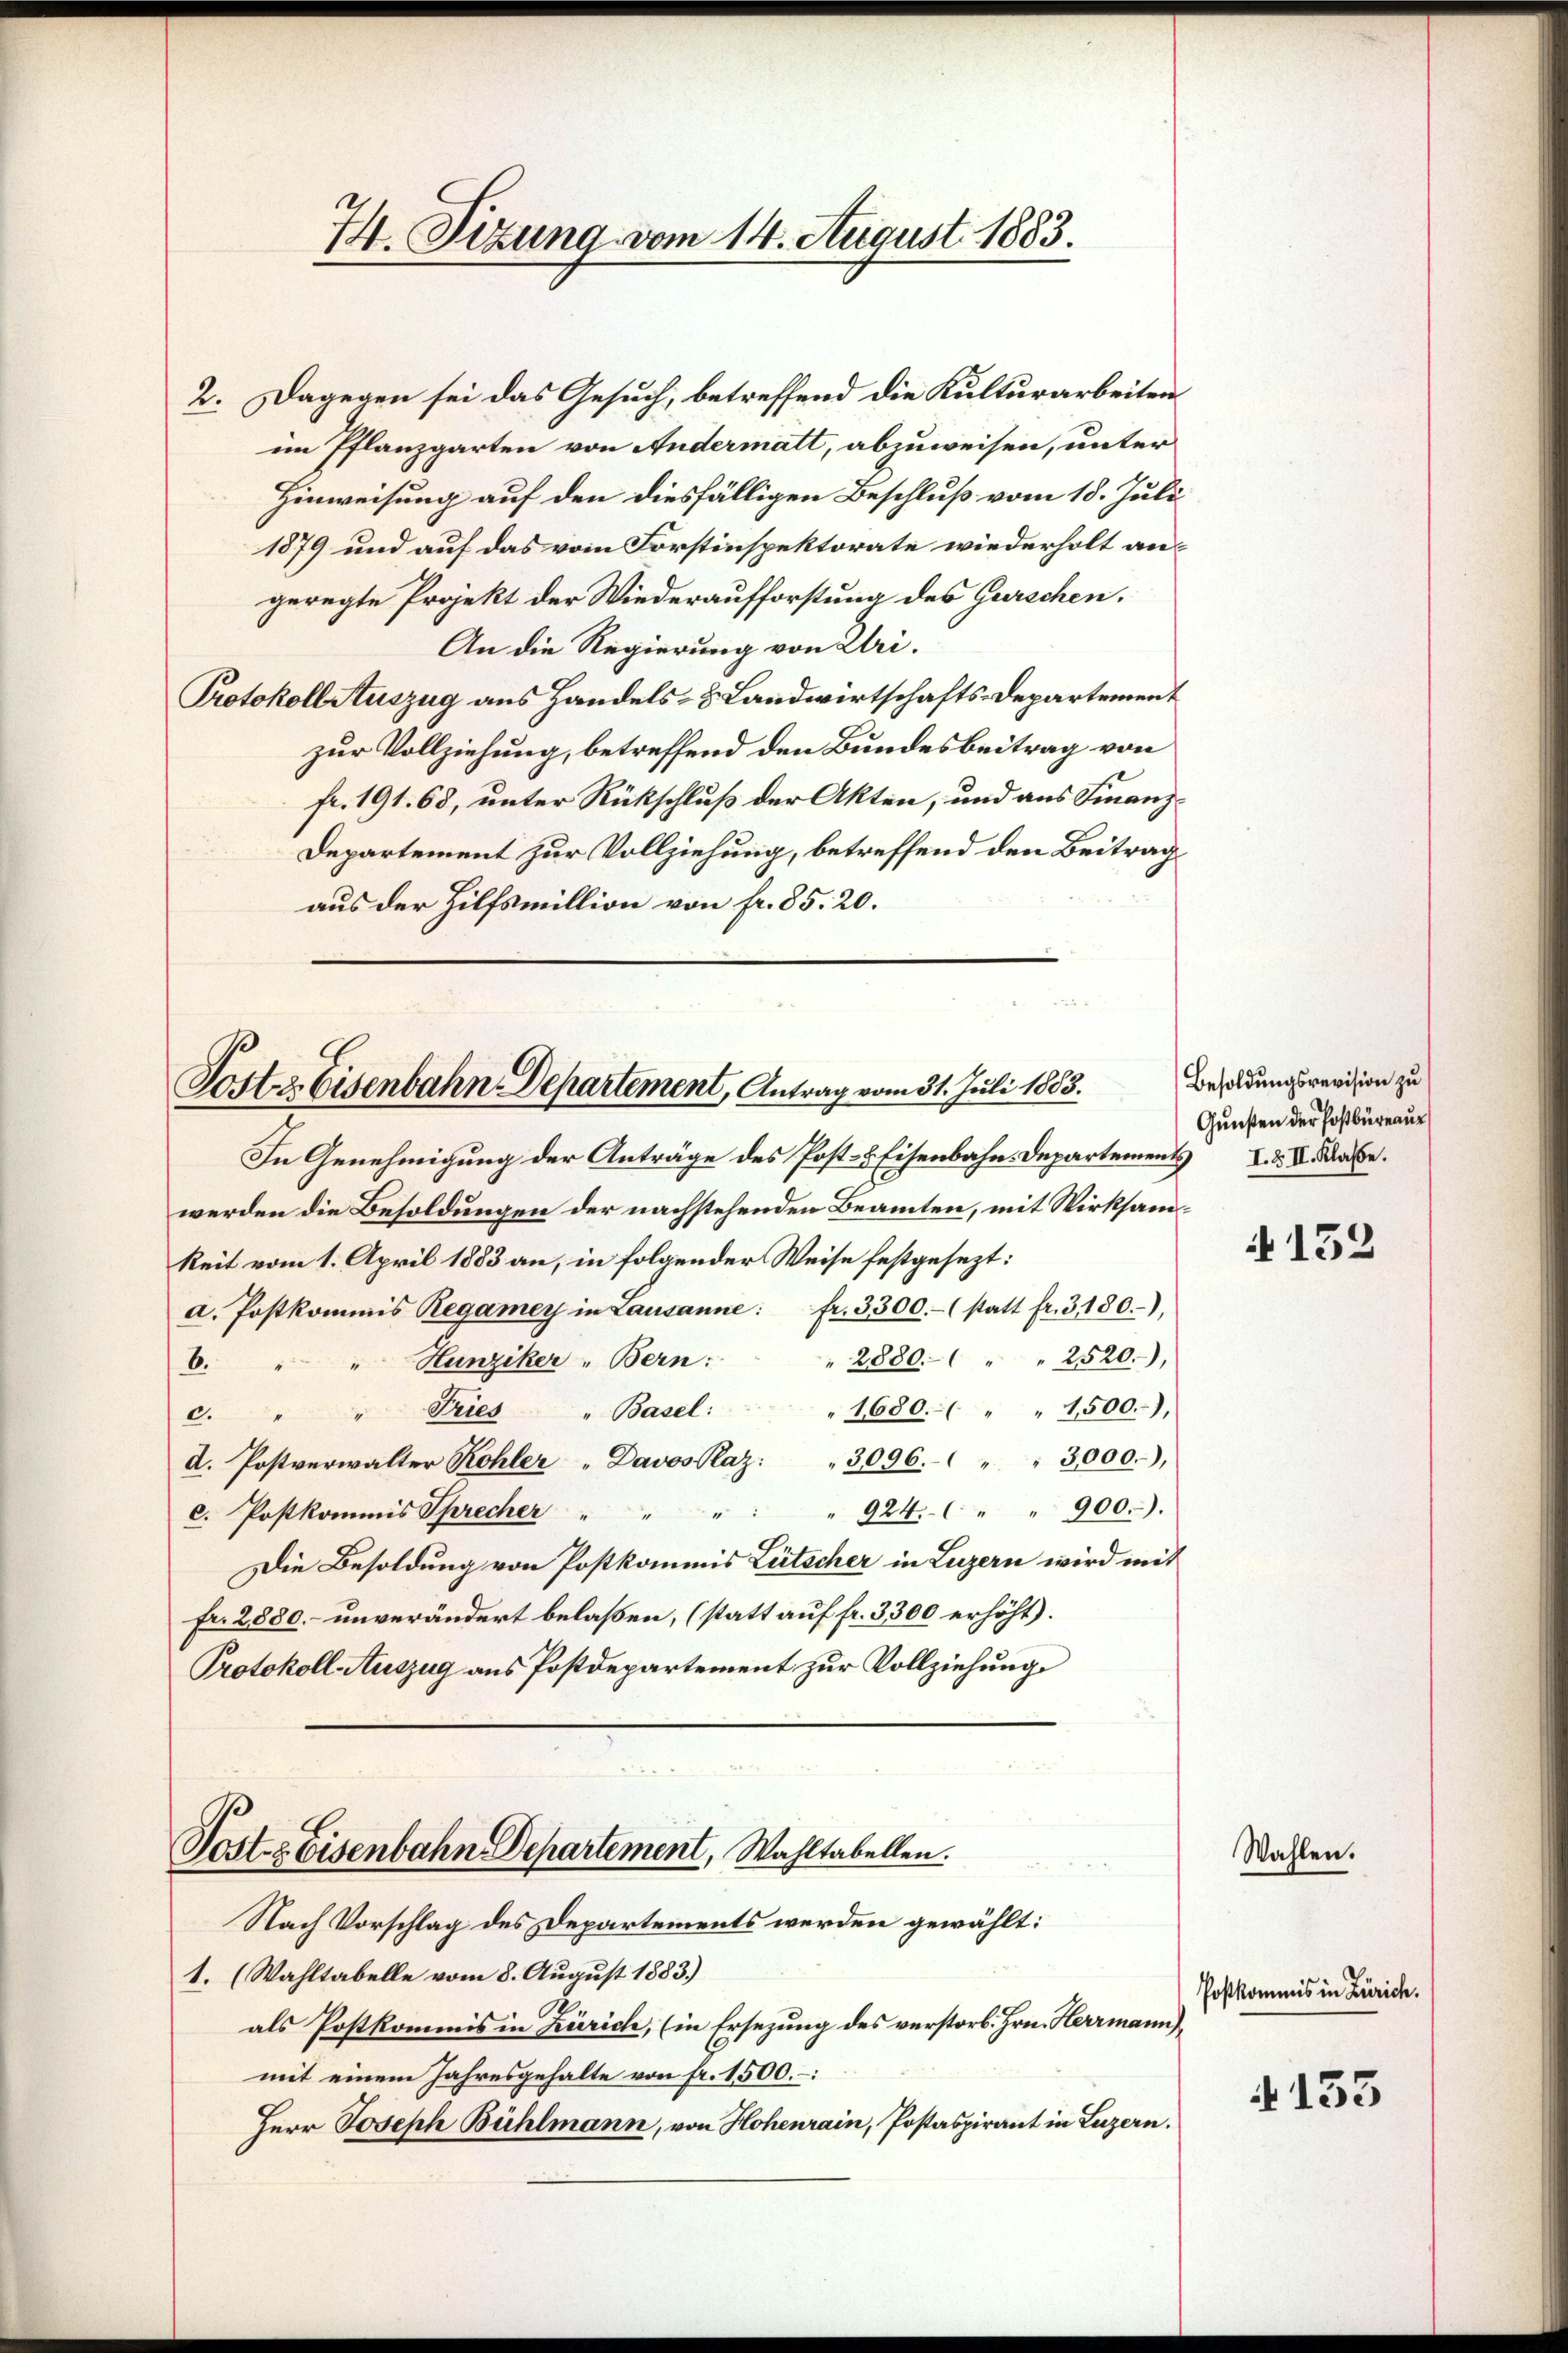
M. Sizung vom 14. August 1883.

2. Dagegen sei das Gesuch, betreffend die Kulturarbeiten
im Pflanzgarten von Andermatt, abzuweisen, unter
Hinweisung auf den diesfälligen Beschluß vom 15. Juli
1879 und auf das vom Forstinspektorate wiederholt angeregte Projekt der Wiederaufforstung des Gurschen.
An die Regierung von Uri.
Protokoll Auszug aus Handels- & Landwirtschafts-Departement
zur Vollziehung, betreffend den Bundesbeitrag von
fr. 191. 68, unter Rückschluß der Akten, und aus Finanz¬
Departement zur Vollziehung, betreffend den Beitrag
aus der Hilfsmillion von fr. 85. 20.

Loitz Eisenbahn-Departement, Antrag vom 31. Juli 1883. Besoldungsversion zu

In Genehmigung der Anträge des Post- & Eisenbahn-Departements de
werden die Besoldungen der nachstehenden Beamten, mit Wirksamkeit vom 1. April 1883 an, in folgender Weise festgesezt:
a. Postkommis Regamer in Lausanne: fr. 3300.- (statt fr. 3, 180.),
" 2880 " " 2520.
Hunziker Bern:
6.
" 1680. " " 1500.),
"Pries " Basel:
c.
d. Postverwalter Kohler "Davos Raz: " 3096. " " 3000.,
c. Postkommis Sprecher " " " " " 924. " " 900.)
Die Besoldung von Postkommis Lütscher in Luzern wird mit
Fr. 2880.– unverändert belaßen, (statt auf fr. 3300 erhöht).
Protokoll Auszug aus Postdepartement zur Vollziehung

Posts Eisenbahn-Departement, Wahltabellen.
Nach Vorschlag des Departements werden gewählt:

1. (Wahltabelle vom 8. August 1883.)
als Postkommis in Zürich, (in Ersezung des verstorb. Hrn. Herrmann
mit einem Jahresgehalte von fr. 1500.
Herr Joseph Bühlmann, von Hohenrain, Postaspirant in Luzern.

Gunsten der Postbüreaus

132

Wahlen.

Postkommis in Zürich.

4133